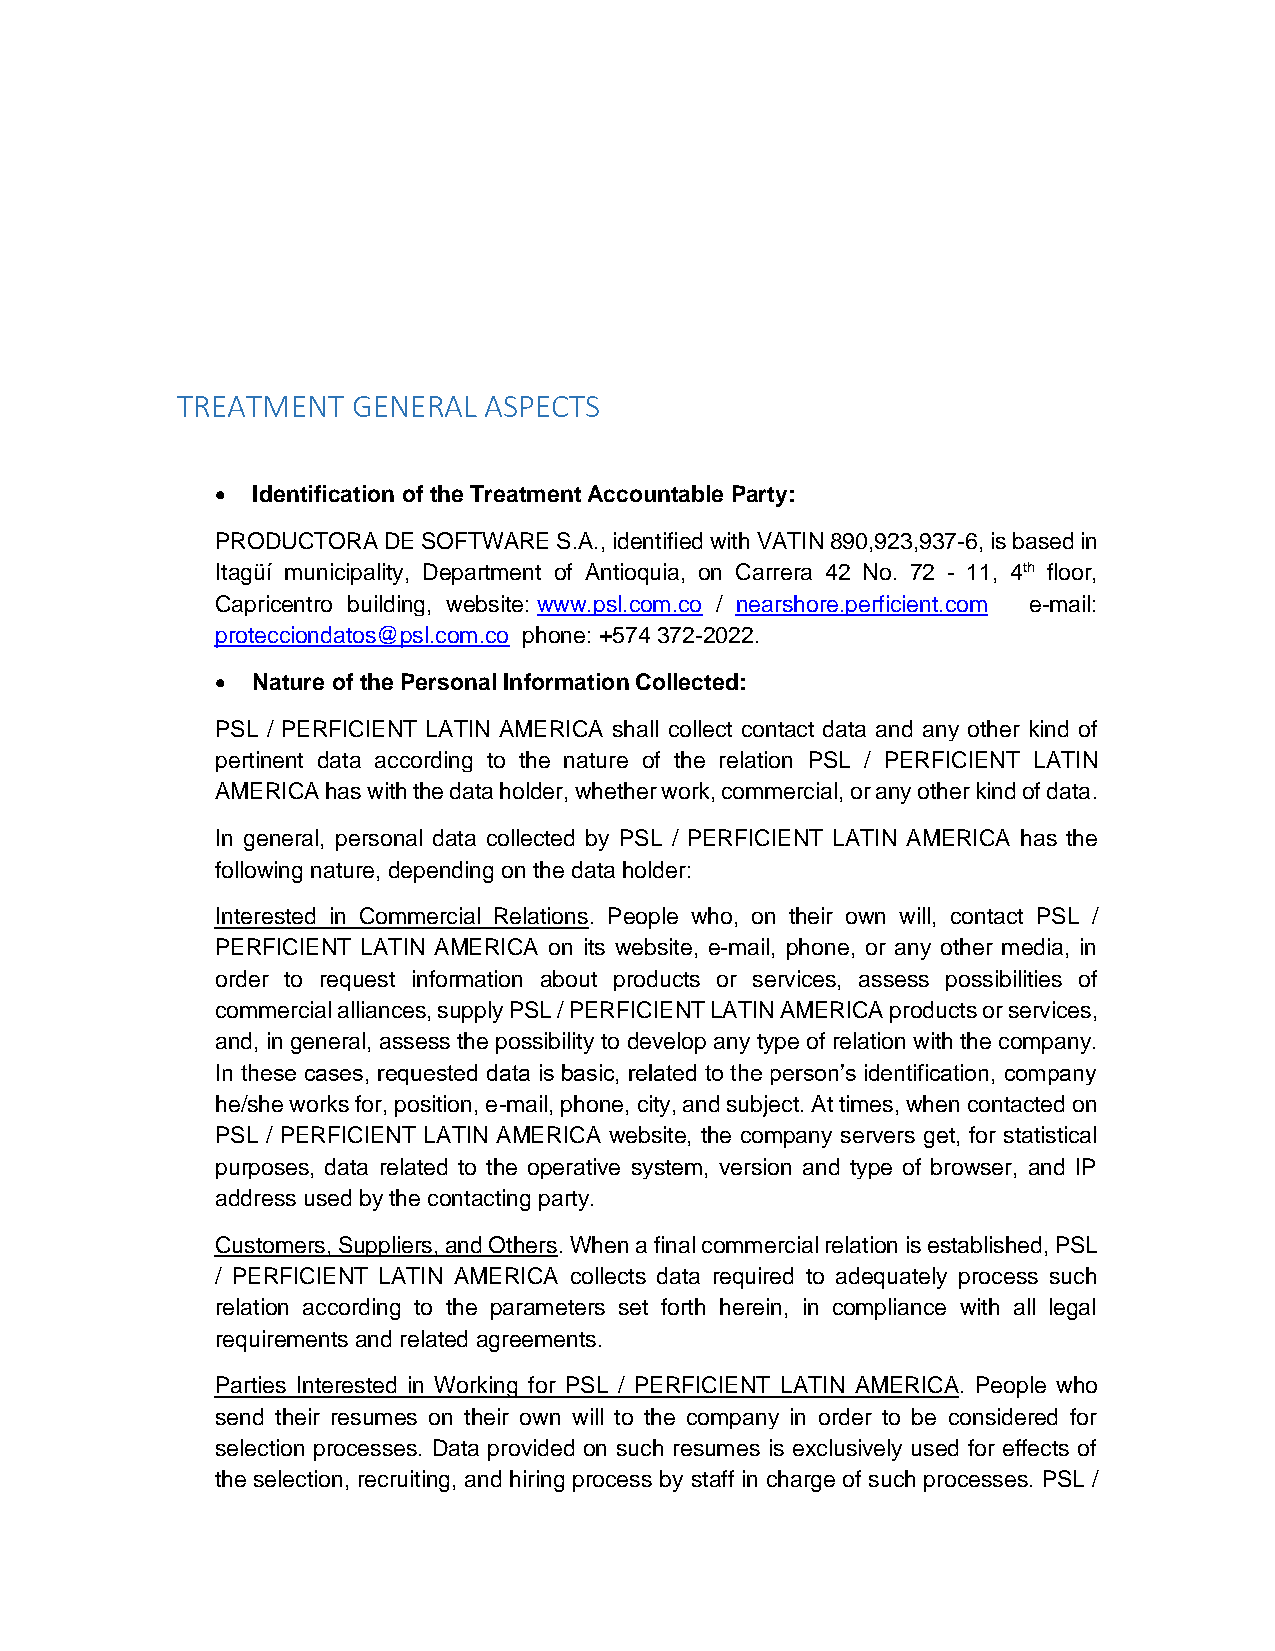
TREATMENT  GENERAL  ASPECTS
 •  Identification of the Treatment Accountable Party:
 PRODUCTORA DE SOFTWARE S.A., identified with VATIN 890,923,937-6, is based in
 Itagüí municipality, Department of Antioquia, on Carrera 42 No. 72 - 11, 4th floor,
 Capricentro building, website: www.psl.com.co / nearshore.perficient.com e-mail:
 protecciondatos@psl.com.co phone: +574 372-2022.
 •  Nature of the Personal Information Collected:
 PSL / PERFICIENT LATIN AMERICA shall collect contact data and any other kind of
 pertinent data according to the nature of the relation PSL / PERFICIENT LATIN
 AMERICA has with the data holder, whether work, commercial, or any other kind of data.
 In general, personal data collected by PSL / PERFICIENT LATIN AMERICA has the
 following nature, depending on the data holder:
 Interested in Commercial Relations. People who, on their own will, contact PSL /
 PERFICIENT LATIN AMERICA on its website, e-mail, phone, or any other media, in
 order to request information about products or services, assess possibilities of
 commercial alliances, supply PSL / PERFICIENT LATIN AMERICA products or services,
 and, in general, assess the possibility to develop any type of relation with the company.
 In these cases, requested data is basic, related to the person’s identification, company
 he/she works for, position, e-mail, phone, city, and subject. At times, when contacted on
 PSL / PERFICIENT LATIN AMERICA website, the company servers get, for statistical
 purposes, data related to the operative system, version and type of browser, and IP
 address used by the contacting party.
 Customers, Suppliers, and Others. When a final commercial relation is established, PSL
 / PERFICIENT LATIN AMERICA collects data required to adequately process such
 relation according to the parameters set forth herein, in compliance with all legal
 requirements and related agreements.
 Parties Interested in Working for PSL / PERFICIENT LATIN AMERICA. People who
 send their resumes on their own will to the company in order to be considered for
 selection processes. Data provided on such resumes is exclusively used for effects of
 the selection, recruiting, and hiring process by staff in charge of such processes. PSL /